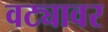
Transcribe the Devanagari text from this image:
वट्यावर